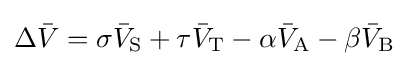
\Delta {\bar {V}}=\sigma {\bar {V}}_{\mathrm {S} }+\tau {\bar {V}}_{\mathrm {T} }-\alpha {\bar {V}}_{\mathrm {A} }-\beta {\bar {V}}_{\mathrm {B} }